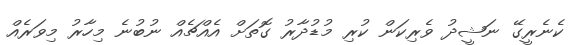
ކެނެރީގޭ ނަޝީދު ވެރިކަން ކުރި މުޑުދާރު ގޮތަށް އެއްޗެއް ނުބުނެ މިހާރު މިވަރެއް